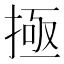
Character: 𫽄